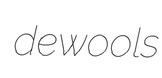
dewools